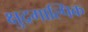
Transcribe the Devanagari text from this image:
क्षुद्रगाल्पिक